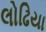
લોઢિયા